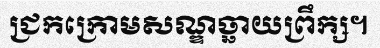
ជ្រកក្រោមសណ្ឌច្ឆាយព្រឹក្ស។